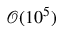
\mathcal { O } ( 1 0 ^ { 5 } )